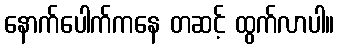
နောက်ပေါက်ကနေ တဆင့် ထွက်လာပါ။